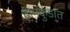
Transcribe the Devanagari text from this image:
होमकुंडात